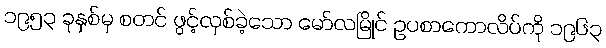
၁၉၅၃ ခုနှစ်မှ စတင် ဖွင့်လှစ်ခဲ့သော မော်လမြိုင် ဥပစာကောလိပ်ကို ၁၉၆၃